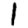
Digit: 1